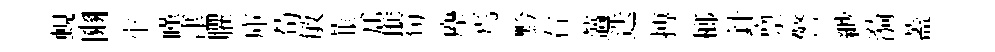
蜆豳牢嘆䢖臞庫苟敏韮介催筍麈焉黔右薖迭搏榔針禀警緲漪蓋